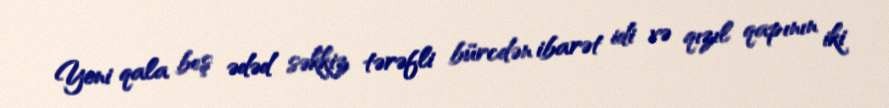
Yeni qala beş ədəd səkkiz tərəfli bürcdən ibarət idi və qızıl qapının iki